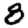
Digit: 8